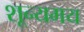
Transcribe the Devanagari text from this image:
शून्यमय